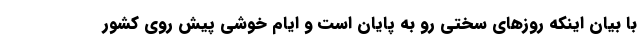
با بیان اینکه روز‌های سختی رو به پایان است و ایام خوشی پیش روی کشور